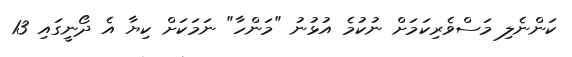
ކަންނެލި މަސްވެރިކަމަށް ނުކުމެ އުޅުނު "މަންހާ" ނަމަކަށް ކިޔާ އެ ދޯނީގައި 13